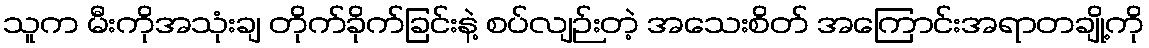
သူက မီးကိုအသုံးချ တိုက်ခိုက်ခြင်းနဲ့ စပ်လျဉ်းတဲ့ အသေးစိတ် အကြောင်းအရာတချို့ကို